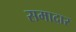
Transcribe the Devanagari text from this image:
समादार